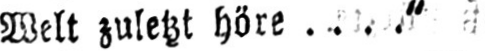
Welt zuletzt höre....“